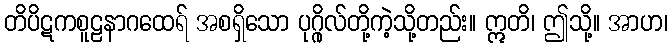
တိပိဋကစူဠနာဂထေရ် အစရှိသော ပုဂ္ဂိုလ်တို့ကဲ့သို့တည်း။ ဣတိ၊ ဤသို့။ အာဟ၊